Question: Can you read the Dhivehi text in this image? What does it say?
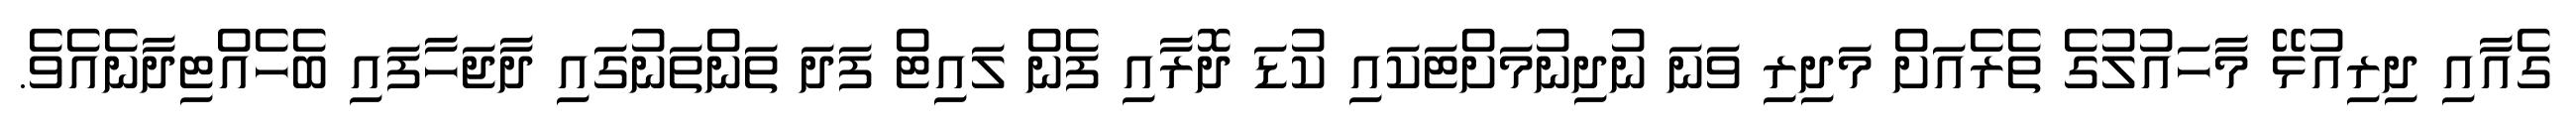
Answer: ގެއާއި ދިރިއުޅޭ މާހައުލުގެ ތެރެއަށް މަދިރި ވަނަ ނުދިނުމަށްޓަކައި ކުޑަ ދޮރާއި ފެން ލައިޓް ފަދަ ތަންތަނުގައި ދާޖަހާފައި ބެހެއްޓިދާނެއެވެ.